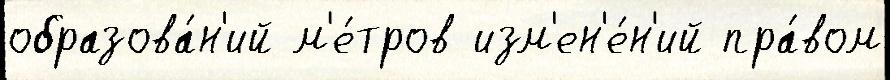
образова́н'ий м'е́тров изм'ен'е́н'ий пра́вом